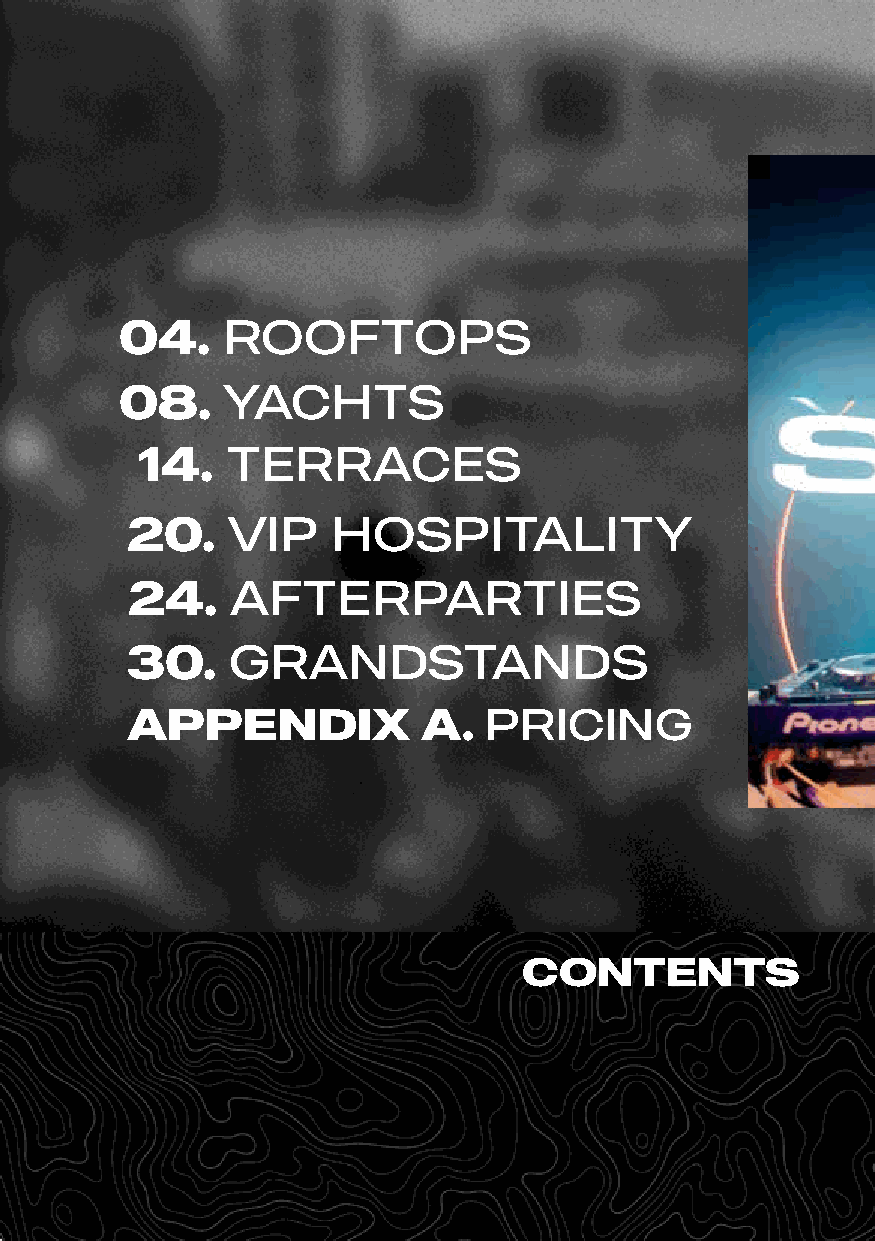
04.    ROOFTOPS
 08.    YACHTS
 14.   TERRACES
 20.    VIP    HOSPITALITY
 24.    AFTERPARTIES
 30.    GRANDSTANDS
 APPENDIX            A.  PRICING
 CONTENTS